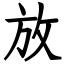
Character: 放